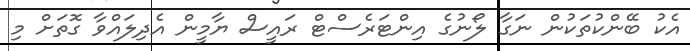
އެކު ބޭންކުތަކުން ނަގާ ލޯނުގެ އިންޓަރެސްޓް ރައީސް ޔާމީން އެދިލައްވާ ގޮތަށް މި